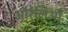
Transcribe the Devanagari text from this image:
औरेलिओ